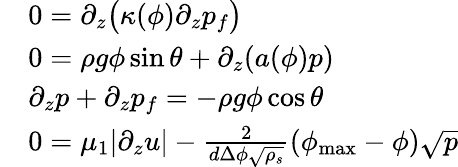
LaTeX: \begin{array}{rl}&{0=\partial_{z}\big(\kappa(\phi)\partial_{z}p_{f}\big)}\\ &{0=\rho g\phi\sin\theta+\partial_{z}(a(\phi)p)}\\ &{\partial_{z}p+\partial_{z}p_{f}=-\rho g\phi\cos\theta}\\ &{0=\mu_{1}|\partial_{z}u|-\frac{2}{d\Delta\phi\sqrt{\rho_{s}}}(\phi_{\mathrm{max}}-\phi)\sqrt{p}}\end{array}